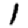
Digit: 1